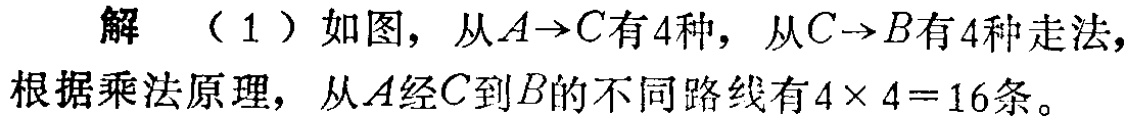
解 （1）如图，从\(A\rightarrow C\)有4种，从\(C\rightarrow B\)有4种走法，根据乘法原理，从\(A\)经\(C\)到\(B\)的不同路线有\(4\times 4 = 16\)条。